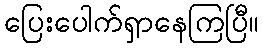
ပြေးပေါက်ရှာနေကြပြီ။